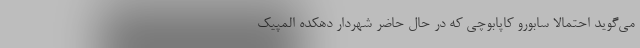
می‌گوید احتمالا سابورو کاپابوچی که در حال حاضر شهردار دهکده المپیک